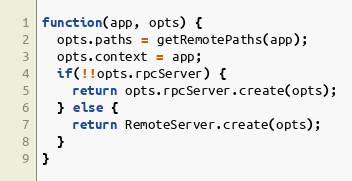
Language: JavaScript
function(app, opts) {
  opts.paths = getRemotePaths(app);
  opts.context = app;
  if(!!opts.rpcServer) {
    return opts.rpcServer.create(opts);
  } else {
    return RemoteServer.create(opts);
  }
}